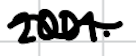
Text: 2001.
Cross-out: wave
Writing tool: digital_black